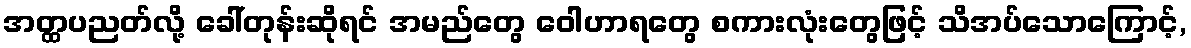
အတ္ထပညတ်လို့ ခေါ်တုန်းဆိုရင် အမည်တွေ ဝေါဟာရတွေ စကားလုံးတွေဖြင့် သိအပ်သောကြောင့်,